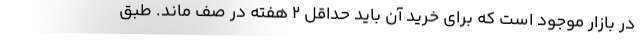
در بازار موجود است که برای خرید آن باید حداقل ۲ هفته در صف ماند. طبق